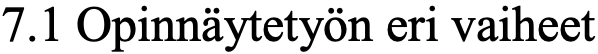
7.1 Opinnäytetyön eri vaiheet